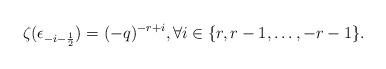
LaTeX: \begin{align*}\zeta(\epsilon_{-i - \frac{1}{2}}) = (-q)^{-r+i}, \forall i \in \{ r, r-1, \ldots, -r-1 \}.\end{align*}